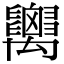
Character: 𥝋